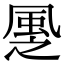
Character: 𩖳